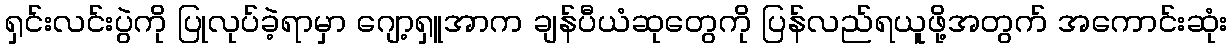
ရှင်းလင်းပွဲကို ပြုလုပ်ခဲ့ရာမှာ ဂျော့ရှူအာက ချန်ပီယံဆုတွေကို ပြန်လည်ရယူဖို့အတွက် အကောင်းဆုံး